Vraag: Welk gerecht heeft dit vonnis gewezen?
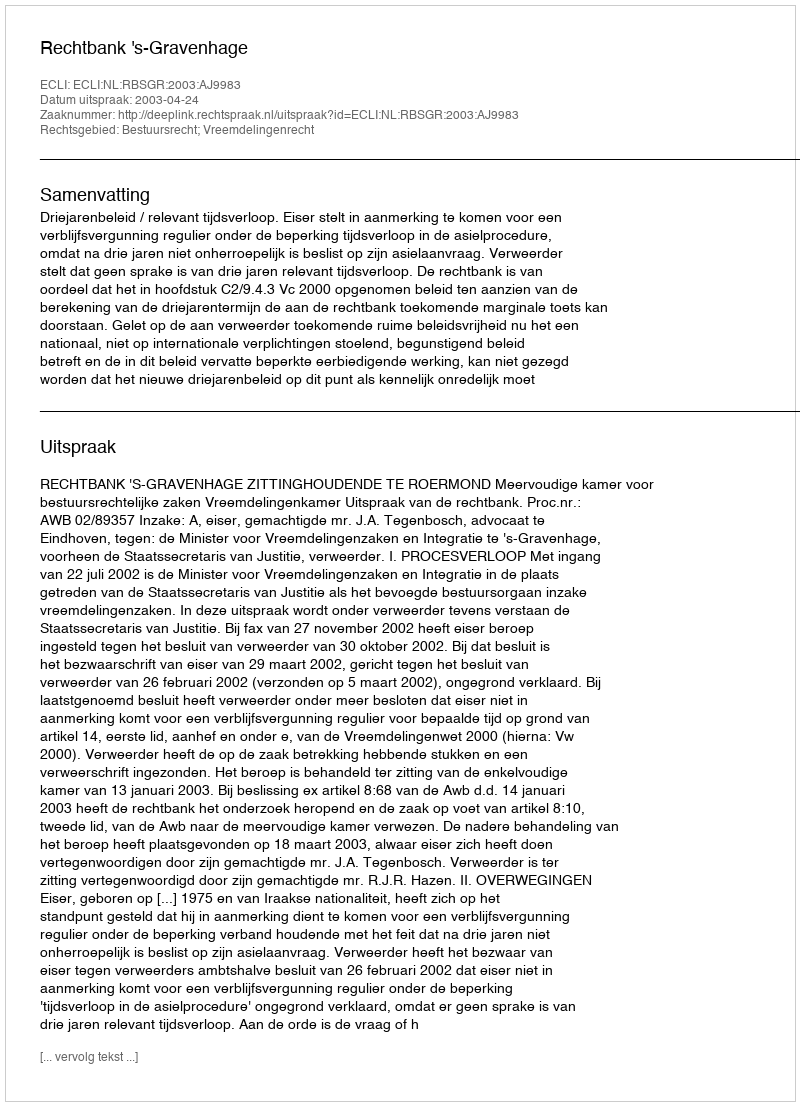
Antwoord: Rechtbank 's-Gravenhage